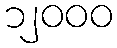
၁၂၀၀၀